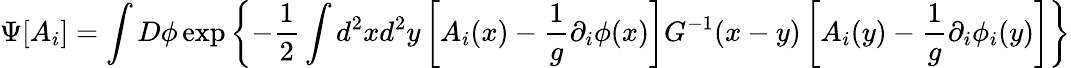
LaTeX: \Psi[A_{i}]=\int D\phi\exp\left\{ -\frac{1}{2}\int d^{2}xd^{2}y\left[A_{i}(x)-\frac{1}{g}\partial_{i}\phi(x)\right]G^{-1}(x-y)\left[A_{i}(y)-\frac{1}{g}\partial_{i}\phi_{i}(y)\right]\right\}